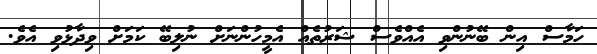
ހަމާސް އިން ބޭނުންވި އެއްވެސް ޝަރުތެއް އެމީހުންނަށް ނުލިބޭ ކަމަށް ވިދާޅުވި އެވެ.